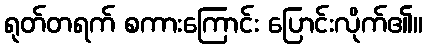
ရုတ်တရက် စကားကြောင်း ပြောင်းလိုက်၏။